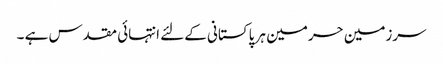
سرزمین حرمین ہر پاکستانی کےلئے انتہائی مقدس ہے ۔